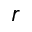
r